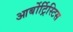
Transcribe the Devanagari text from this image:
आर्बोर्ट्रिस्टिस